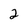
Character: 2